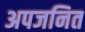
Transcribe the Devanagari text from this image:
अपजनित